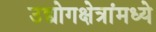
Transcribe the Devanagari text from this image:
उद्योगक्षेत्रांमध्ये